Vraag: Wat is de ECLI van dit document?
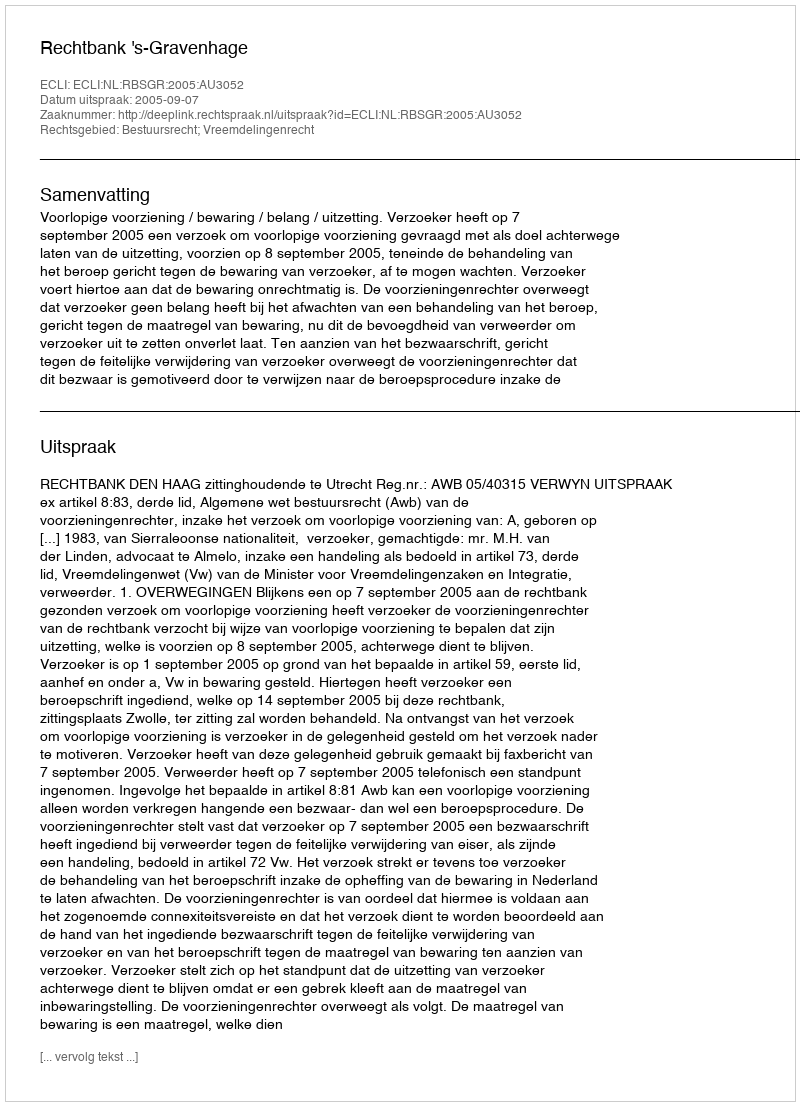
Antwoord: ECLI:NL:RBSGR:2005:AU3052